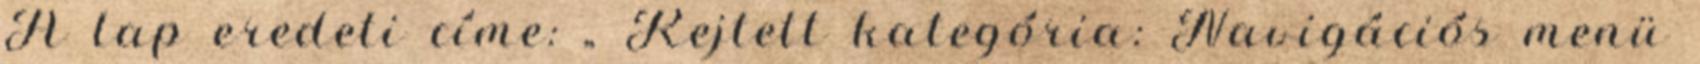
A lap eredeti címe: „ Rejtett kategória: Navigációs menü